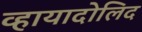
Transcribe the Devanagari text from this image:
व्हायादोलिद